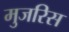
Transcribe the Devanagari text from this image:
मुजरिस